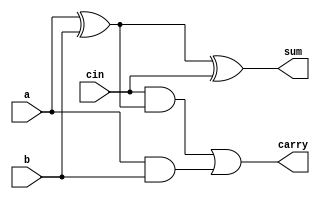
`timescale 1ns / 1ps
//////////////////////////////////////////////////////////////////////////////////
// Company: Self
// 
// Design Name: 
// Module Name: ripple_carry_adder
// Project Name: 
// Target Devices: 
// Tool Versions: 
// Description: 
// 4-bit ripple carry adder
// Dependencies: 
// 
// Revision:
// Revision 0.01 - File Created
// Additional Comments:
// 
//////////////////////////////////////////////////////////////////////////////////

module full_adder(a,b,cin,sum,carry);
input a,b,cin;
output sum,carry;
wire w1,w2,w3;

assign w1 = a ^ b;
assign sum = w1 ^ cin;
assign w2 = cin & w1;
assign w3 = a & b;
assign carry = w2 | w3;

endmodule


module ripple_carry_adder(a, b, cin, s, c4);
input [3:0] a;
input [3:0] b;
input cin;
output [3:0] s;
output  c4;
wire c1,c2,c3;

full_adder f0(a[0], b[0], cin, s[0], c1);
full_adder f1(a[1], b[1], c1, s[1], c2);
full_adder f2(a[2], b[2], c2, s[2], c3);
full_adder f3(a[3], b[3], c3, s[3], c4);

endmodule